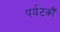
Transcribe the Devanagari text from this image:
पर्यटकौं